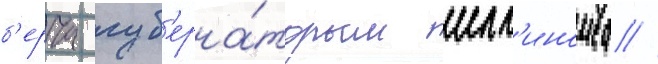
б'ерча губ'ерна́тором илл'иноиса //